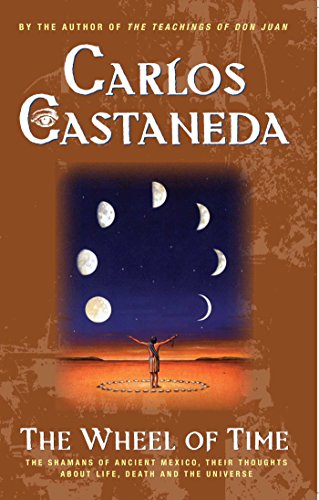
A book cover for The Wheel Of Time: The Shamans Of Mexico Their Thoughts About Life Death And The Universe; Carlos Castaneda; History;